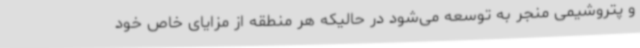
و پتروشیمی منجر به توسعه می‌شود در حالیکه هر منطقه از مزایای خاص خود